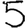
Digit: 5